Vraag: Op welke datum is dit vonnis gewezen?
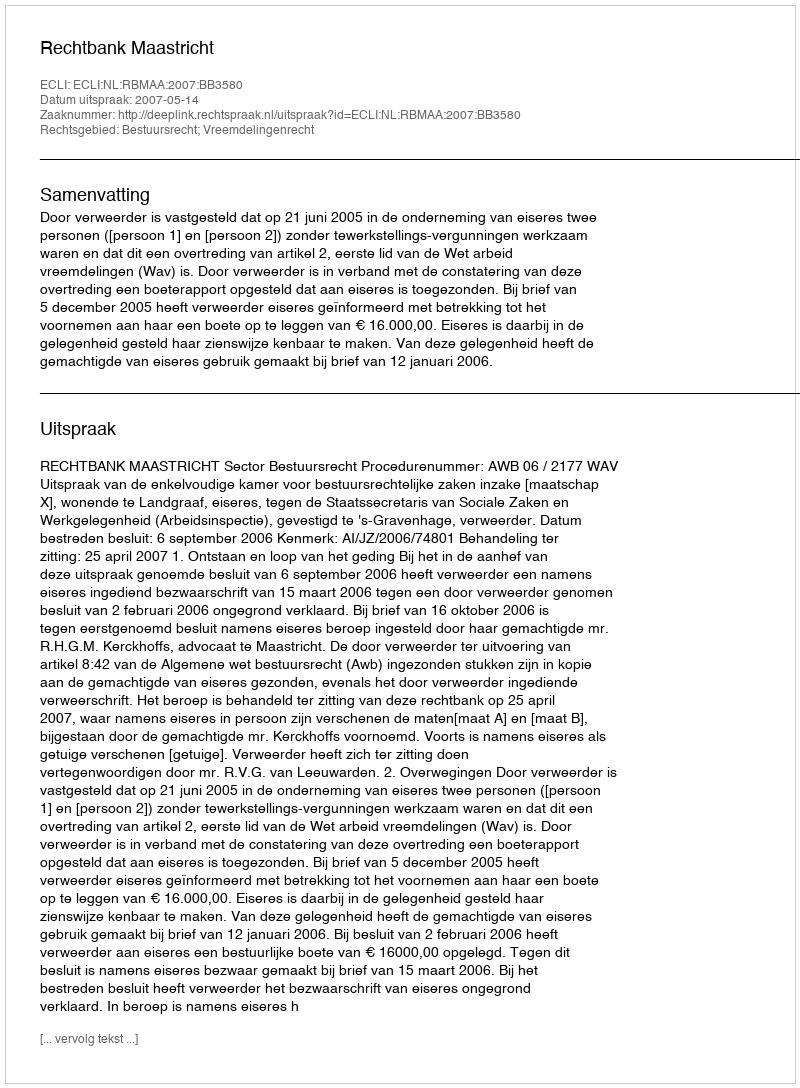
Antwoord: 2007-05-14